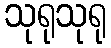
သုရုသုရု